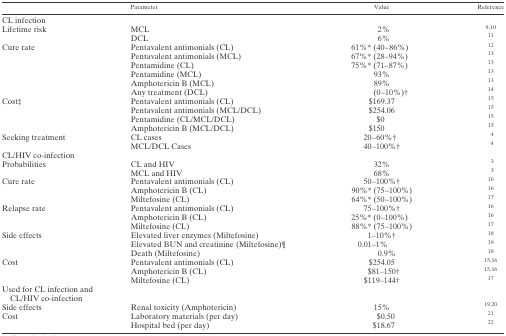
| <COLSPAN=2> Parameter | Value | Reference |
 | --- | --- | --- | --- |
 | <COLSPAN=4> CL infection |
 | <ROWSPAN=2> Lifetime risk | MCL | 2% | 9,10 |
 | DCL | 6% | 11 |
 | <ROWSPAN=6> Cure rate | Pentavalent antimonials (CL) | 61%* (40–86%) | 12 |
 | Pentavalent antimonials (MCL) | 67%* (28–94%) | 13 |
 | Pentamidine (CL) | 75%* (71–87%) | 13 |
 | Pentamidine (MCL) | 93% | 13 |
 | Amphotericin B (MCL) | 89% | 13 |
 | Any treatment (DCL) | (0–10%)† | 14 |
 | <ROWSPAN=4> Cost‡ | Pentavalent antimonials (CL) | $169.37 | 15 |
 | Pentavalent antimonials (MCL/DCL) | $254.06 | 15 |
 | Pentamidine (CL/MCL/DCL) | $0 | 15 |
 | Amphotericin B (MCL/DCL) | $150 | 15 |
 | <ROWSPAN=2> Seeking treatment | CL cases | 20–60%† | 4 |
 | MCL/DCL Cases | 40–100%† | 4 |
 | <COLSPAN=4> CL/HIV co-infection |
 | <ROWSPAN=2> Probabilities | CL and HIV | 32% | 3 |
 | MCL and HIV | 68% | 3 |
 | <ROWSPAN=3> Cure rate | Pentavalent antimonials (CL) | 50–100%† | 16 |
 | Amphotericin B (CL) | 90%* (75–100%) | 16 |
 | Miltefosine (CL) | 64%* (50–100%) | 17 |
 | <ROWSPAN=3> Relapse rate | Pentavalent antimonials (CL) | 75–100%† | 16 |
 | Amphotericin B (CL) | 25%* (0–100%) | 16 |
 | Miltefosine (CL) | 88%* (75–100%) | 17 |
 | <ROWSPAN=3> Side effects | Elevated liver enzymes (Miltefosine) | 1–10%† | 18 |
 | Elevated BUN and creatinine (Miltefosine)¶ | 0.01–1% | 18 |
 | Death (Miltefosine) | 0.9% | 18 |
 | <ROWSPAN=3> Cost | Pentavalent antimonials (CL) | $254.05 | 15,16 |
 | Amphotericin B (CL) | $81–150† | 15,16 |
 | Miltefosine (CL) | $119–144† | 17 |
 | <COLSPAN=4> Used for CL infection and CL/HIV co-infection |
 | Side effects | Renal toxicity (Amphotericin) | 15% | 19,20 |
 | <ROWSPAN=2> Cost | Laboratory materials (per day) | $0.50 | 21 |
 | Hospital bed (per day) | $18.67 | 22 |